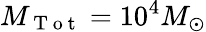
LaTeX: M_{\mathrm{~T~o~t~}}=10^{4}M_{\odot}